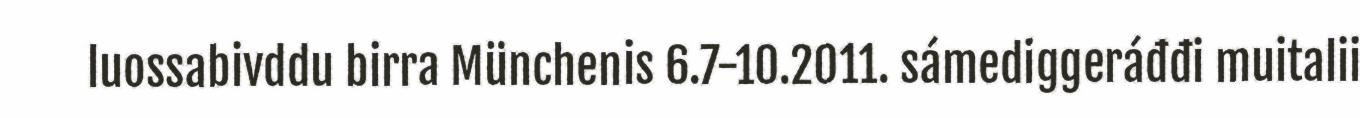
luossabivddu birra Münchenis 6.7-10.2011. sámediggeráđđi muitalii